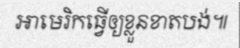
អាមេរិកធ្វើឲ្យខ្លួនខាតបង់៕